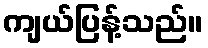
ကျယ်ပြန့်သည်။